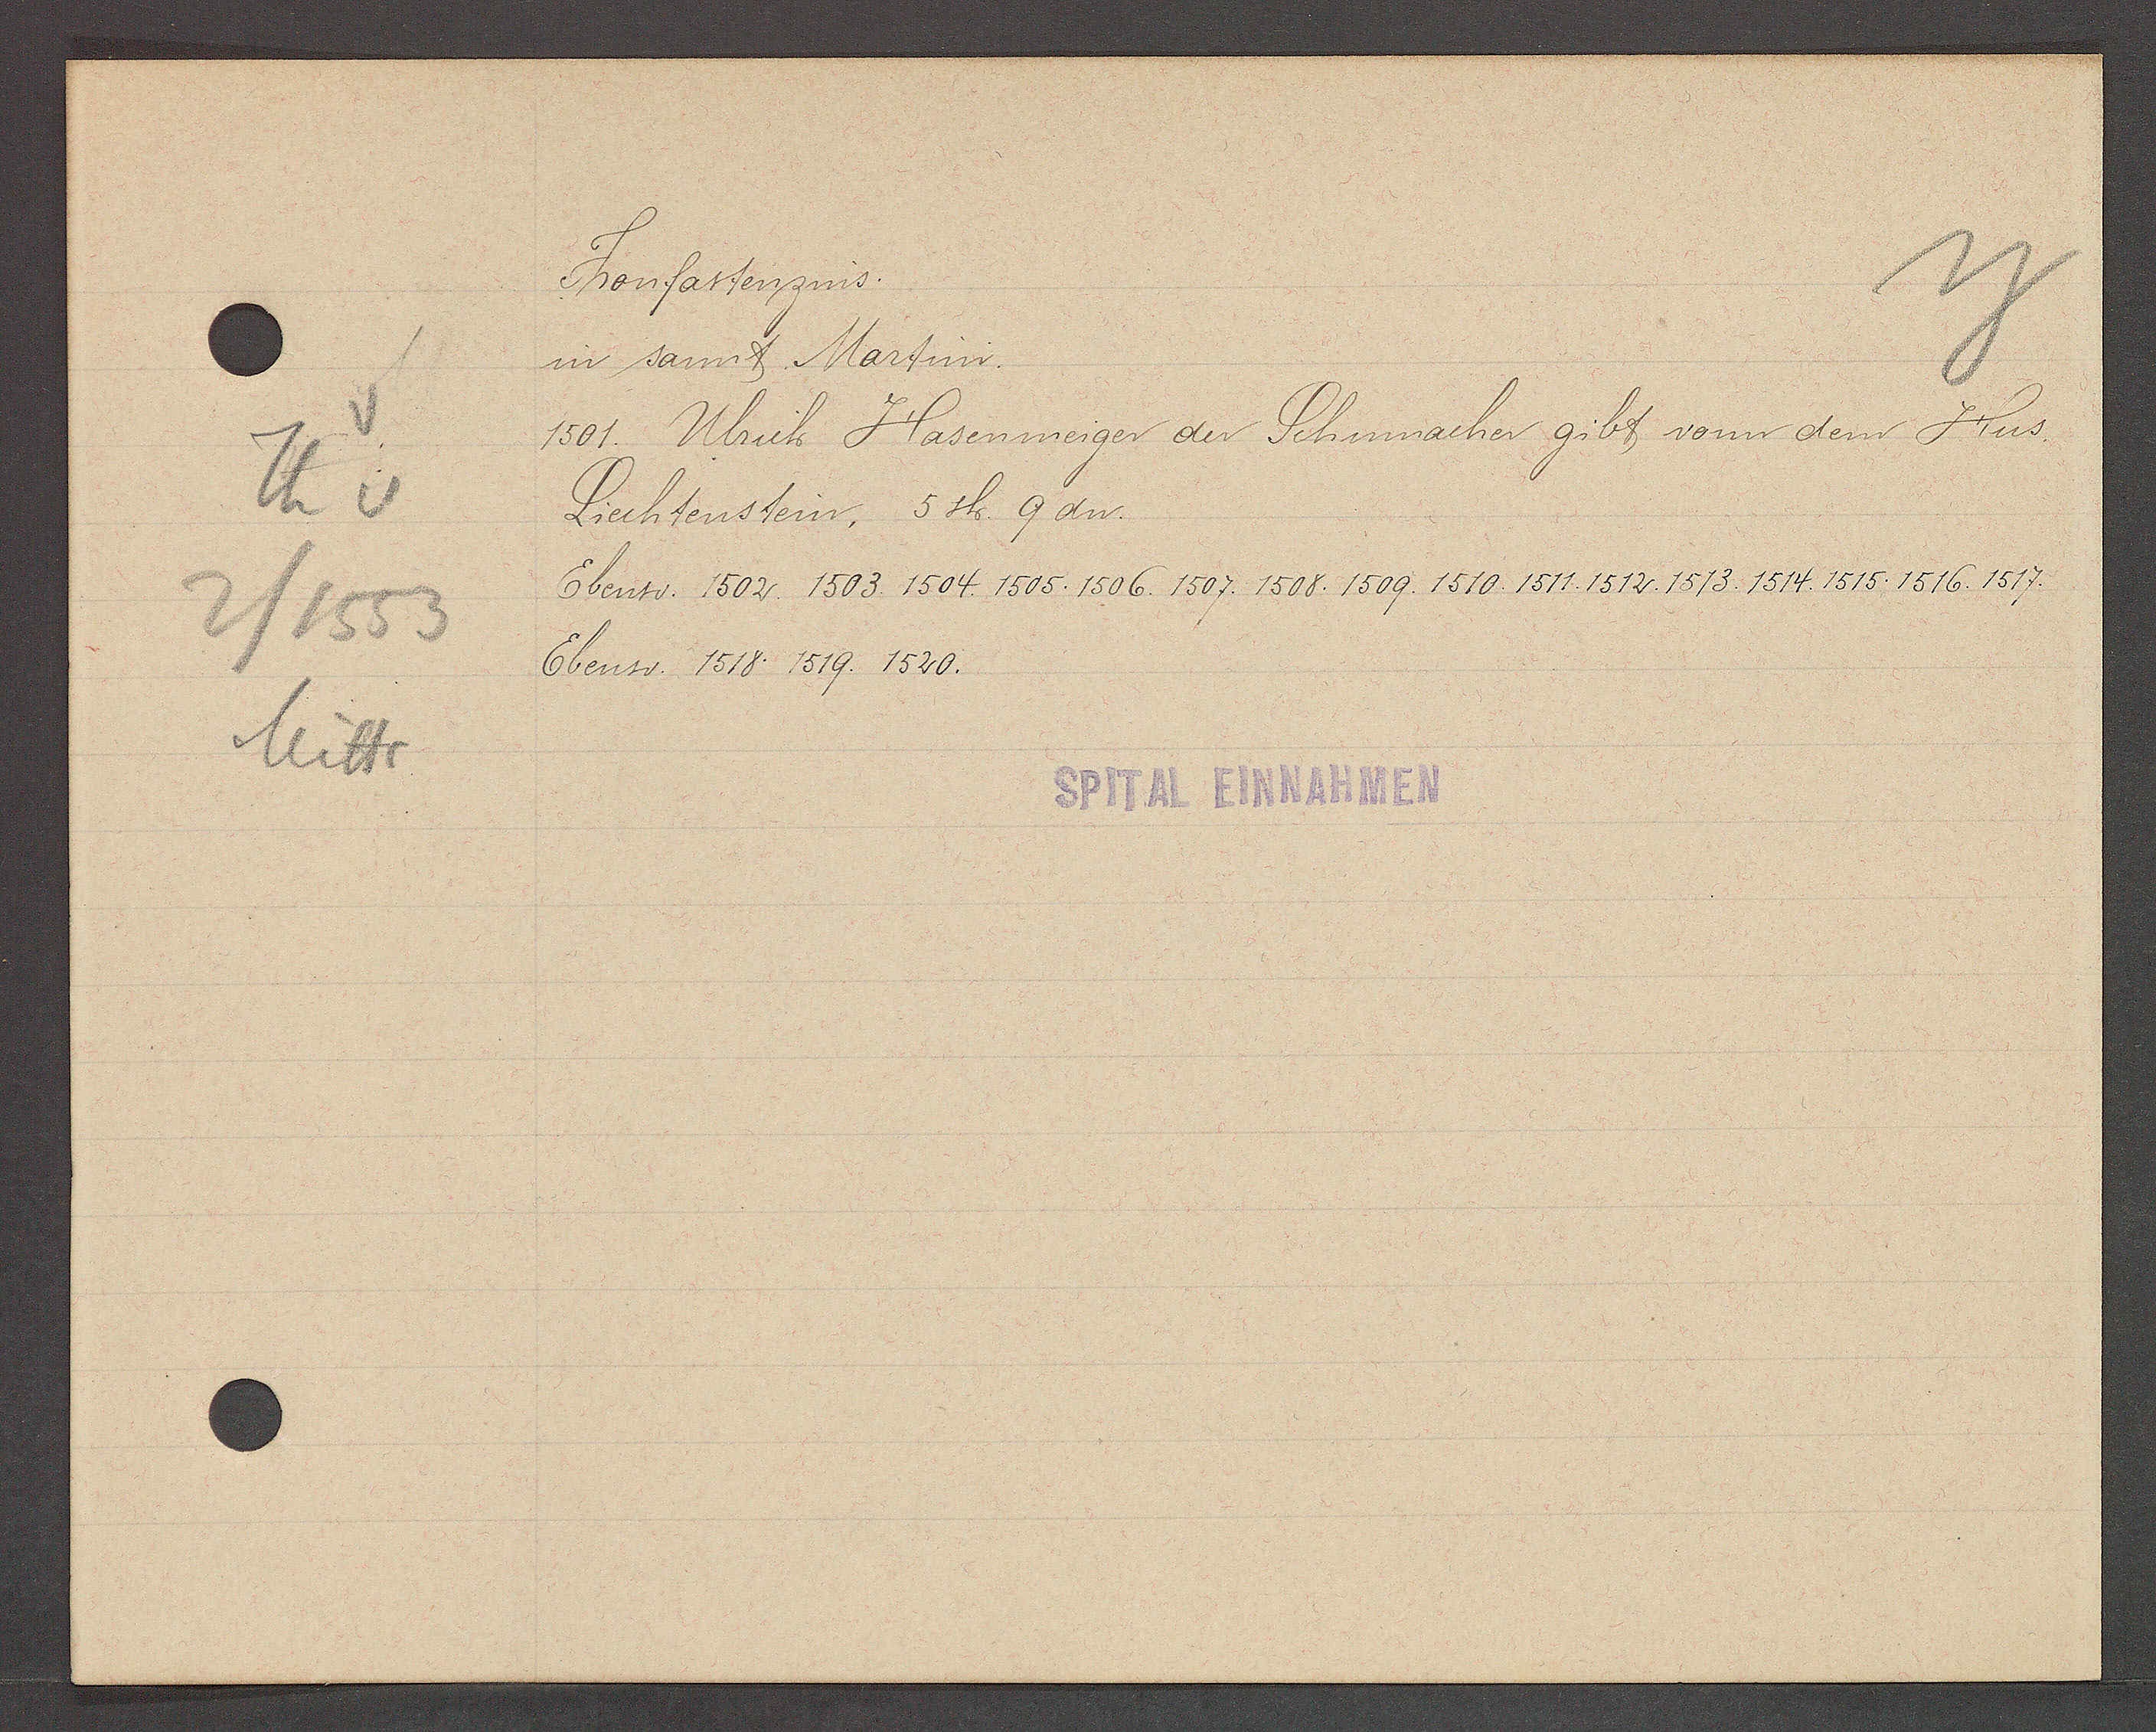
Transcript:
Th v
2/1553
Mitte

Fronfastenzins.

in sannt Martini.
1501. Ulrich Hasenmeiger der Schumacher gibt vonn dem Hus
Liechtenstein, 5 sh 9 dn.
Ebenso. 1502. 1503. 1504. 1505. 1506. 1507. 1508. 1509. 1510. 1511. 1512. 1513. 1514. 1515. 1516. 1517.
Ebenso. 1518. 1519. 1520.

SPITAL EINNAHMEN